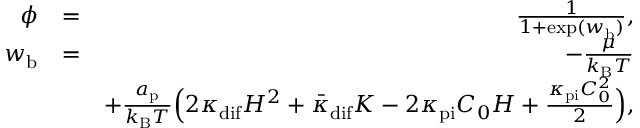
\begin{array} { r l r } { \phi } & { = } & { \frac { 1 } { 1 + \exp ( w _ { \mathrm { b } } ) } , } \\ { w _ { \mathrm { b } } } & { = } & { - \frac { \mu } { k _ { \mathrm { B } } T } } \\ & { } & { + \frac { a _ { \mathrm { p } } } { k _ { \mathrm { B } } T } \Big ( 2 \kappa _ { \mathrm { d i f } } H ^ { 2 } + \bar { \kappa } _ { \mathrm { d i f } } K - 2 \kappa _ { \mathrm { p i } } C _ { 0 } H + \frac { \kappa _ { \mathrm { p i } } C _ { 0 } ^ { 2 } } { 2 } \Big ) , } \end{array}